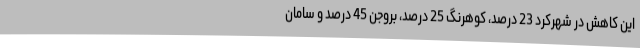
این کاهش در شهرکرد 23 درصد، کوهرنگ 25 درصد، بروجن 45 درصد و سامان